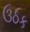
ઉઠક